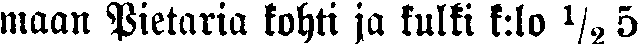
maan Pietaria kohti ja kulki k:lo ½ 5